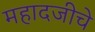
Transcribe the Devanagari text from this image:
महादजीचे